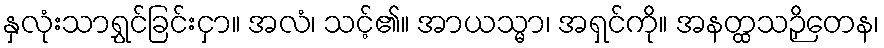
နှလုံးသာရွှင်ခြင်းငှာ။ အလံ၊ သင့်၏။ အာယသ္မာ၊ အရှင်ကို။ အနတ္ထသဉှိတေန၊